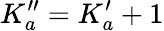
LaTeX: K_{a}^{\prime\prime}=K_{a}^{\prime}+1